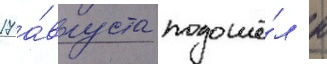
17 а́вгуста подошё́л к